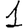
Digit: 1